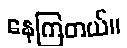
နေကြတယ်။